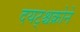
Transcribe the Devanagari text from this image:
दयट्श्चक्रोने